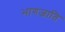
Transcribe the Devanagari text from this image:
भागजाति